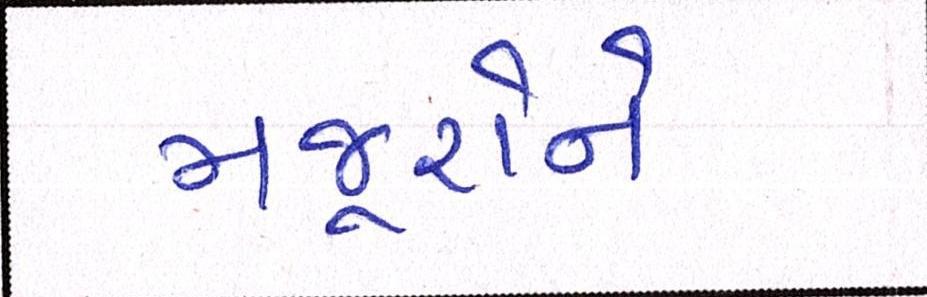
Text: મજુરોને